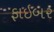
ફાઇબર